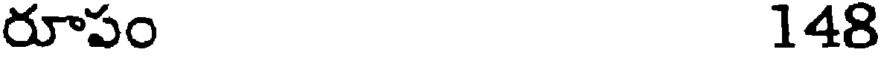
రూపం 148